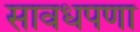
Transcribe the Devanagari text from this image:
सावधपणा